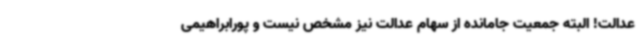
عدالت! البته جمعیت جامانده از سهام عدالت نیز مشخص نیست و پورابراهیمی